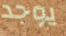
يوجد